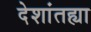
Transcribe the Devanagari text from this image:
देशांतह्या